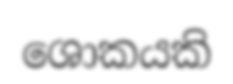
ශොකයකි